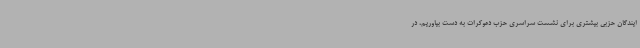
ایندگان حزبی بیشتری برای نشست سراسری حزب دموکرات به دست بیاوریم، در